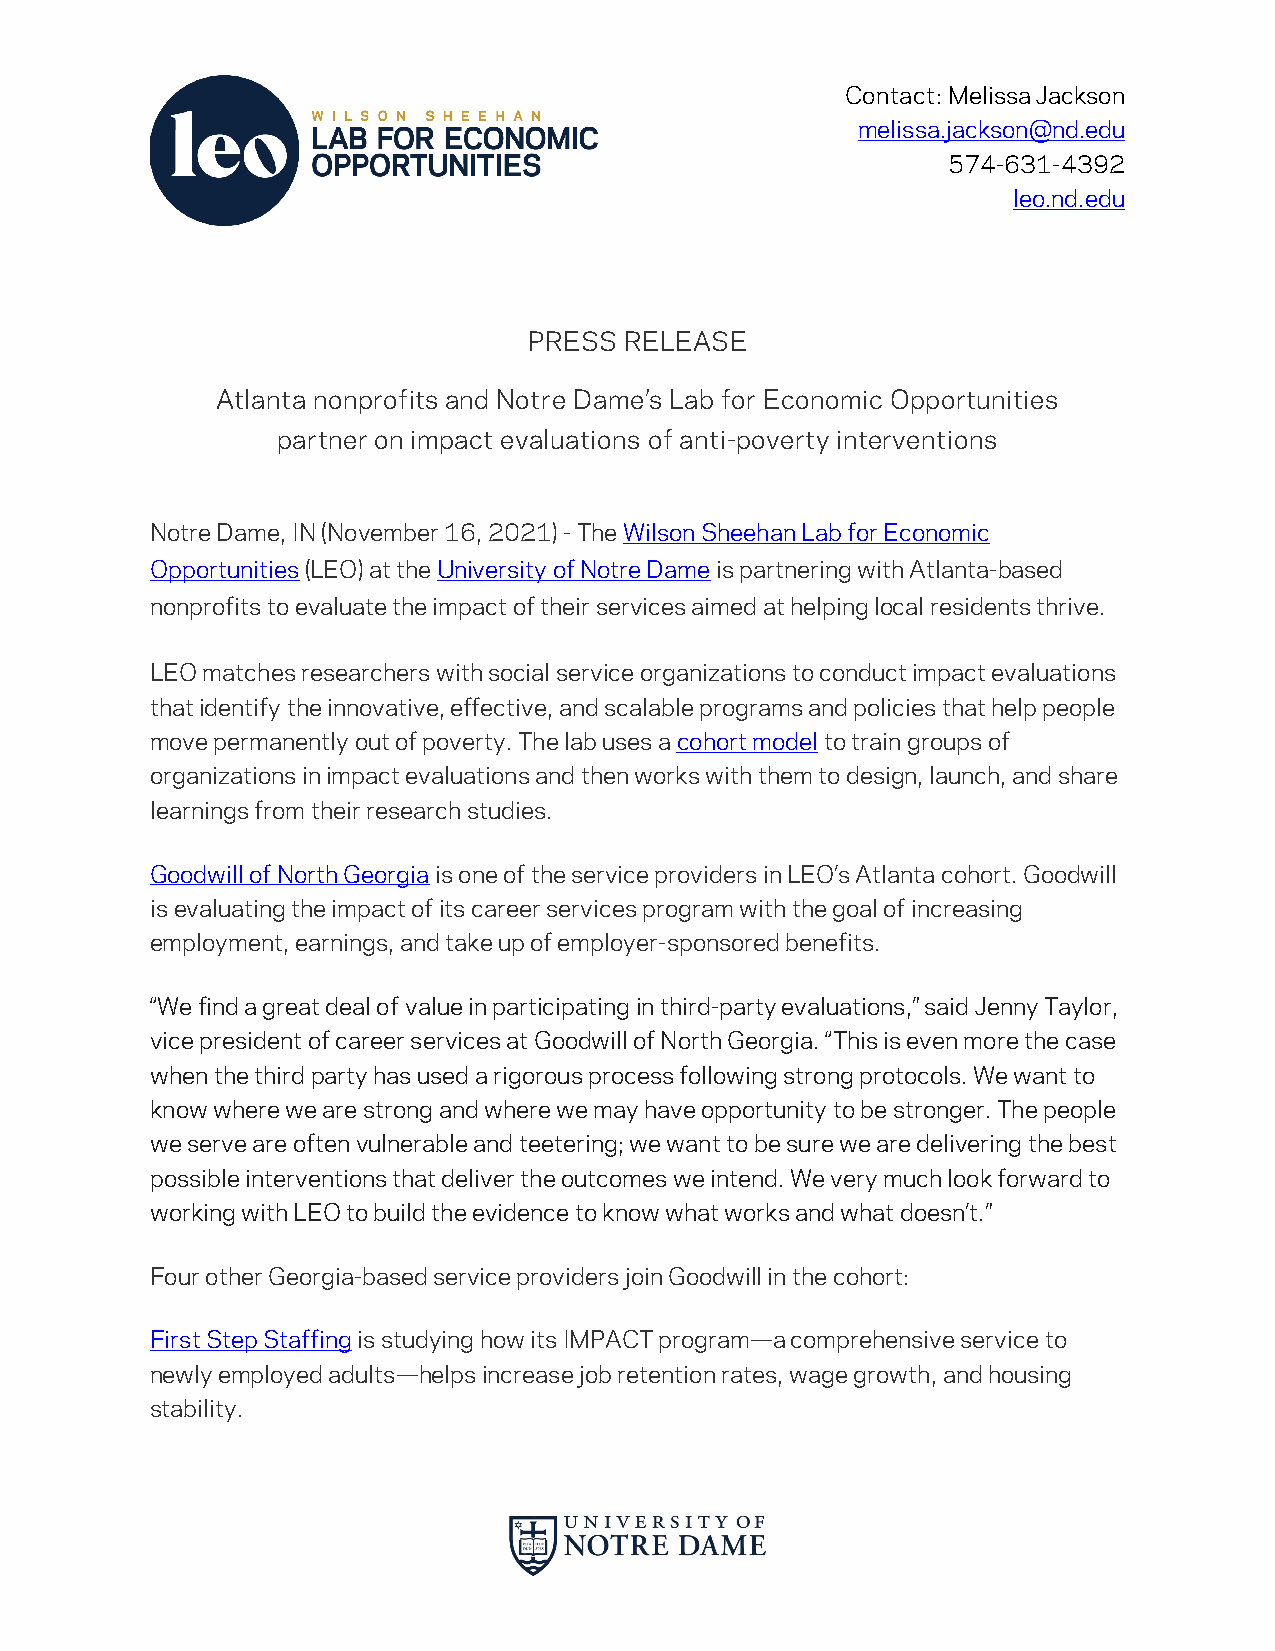
Contact: Melissa Jackson
 melissa.jackson@nd.edu
 574-631-4392
 leo.nd.edu
 PRESS RELEASE
 Atlanta nonprofits and Notre Dame’s Lab for Economic Opportunities
 partner on impact evaluations of anti-poverty interventions
 Notre Dame, IN (November 16, 2021) - The Wilson Sheehan Lab for Economic
 Opportunities (LEO) at the University of Notre Dame is partnering with Atlanta-based
 nonprofits to evaluate the impact of their services aimed at helping local residents thrive.
 LEO matches researchers with social service organizations to conduct impact evaluations
 that identify the innovative, effective, and scalable programs and policies that help people
 move permanently out of poverty. The lab uses a cohort model to train groups of
 organizations in impact evaluations and then works with them to design, launch, and share
 learnings from their research studies.
 Goodwill of North Georgia is one of the service providers in LEO’s Atlanta cohort. Goodwill
 is evaluating the impact of its career services program with the goal of increasing
 employment, earnings, and take up of employer-sponsored benefits.
 “We find a great deal of value in participating in third-party evaluations,” said Jenny Taylor,
 vice president of career services at Goodwill of North Georgia. “This is even more the case
 when the third party has used a rigorous process following strong protocols. We want to
 know where we are strong and where we may have opportunity to be stronger. The people
 we serve are often vulnerable and teetering; we want to be sure we are delivering the best
 possible interventions that deliver the outcomes we intend. We very much look forward to
 working with LEO to build the evidence to know what works and what doesn’t.”
 Four other Georgia-based service providers join Goodwill in the cohort:
 First Step Staffing is studying how its IMPACT program—a comprehensive service to
 newly employed adults—helps increase job retention rates, wage growth, and housing
 stability.